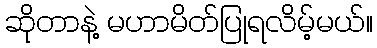
ဆိုတာနဲ့ မဟာမိတ်ပြုရလိမ့်မယ်။